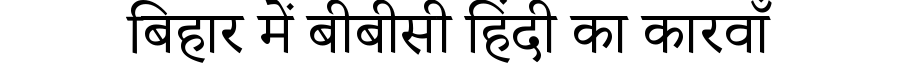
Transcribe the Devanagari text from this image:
बिहार में बीबीसी हिंदी का कारवाँ